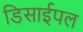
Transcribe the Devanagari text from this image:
डिसाईपल